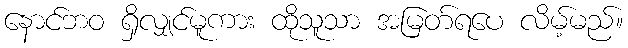
နောင်ဘဝ ရှိလျှင်မူကား ထိုသူသာ အမြတ်ရပေ လိမ့်မည်။